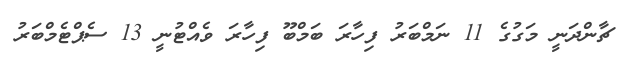
ޗާންދަނީ މަގުގެ 11 ނަމްބަރު ފިހާރަ ބަމްބޫ ފިހާރަ ވެއްޓުނީ 13 ސެޕްޓެމްބަރު